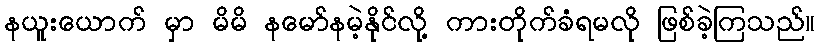
နယူးယောက် မှာ မိမိ နမော်နမဲ့နိုင်လို့ ကားတိုက်ခံရမလို ဖြစ်ခဲ့ကြသည်။